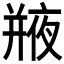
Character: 𢆣